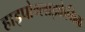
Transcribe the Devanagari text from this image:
हाइपोग्लाइकेमिक